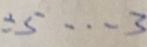
\div 5 \cdots 3